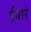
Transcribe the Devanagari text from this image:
ईयारं